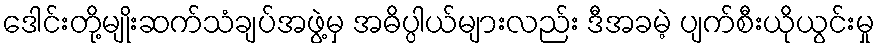
ဒေါင်းတို့မျိုးဆက်သံချပ်အဖွဲ့မှ အဓိပ္ပါယ်များလည်း ဒီအခမဲ့ ပျက်စီးယိုယွင်းမှု